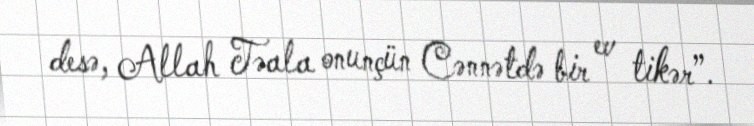
desə, Allah Təala onunçün Cənnətdə bir ev tikər”.